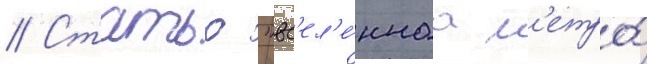
// Статью "вс'ел'е́ннаа м'етро́